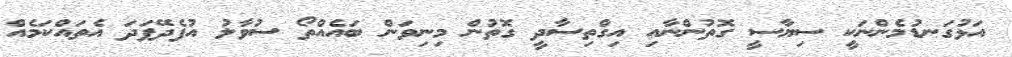
އަޅުގަނޑުމެންނަކީ ސިޔާސީ ގޮތުންނާއި އިގްތިސާދީ ގޮތުން މިނިވަން ބައެއްތޯ ސުވާލު އުފެދޭފަދަ އެތައްކަމެއް